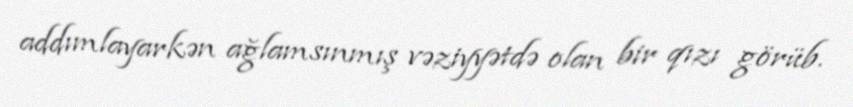
addımlayarkən ağlamsınmış vəziyyətdə olan bir qızı görüb.